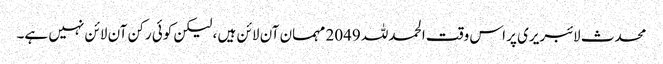
محدث لائبریری پر اس وقت الحمدللہ 2049 مہمان آن لائن ہیں ، لیکن کوئی رکن آن لائن نہیں ہے۔